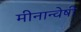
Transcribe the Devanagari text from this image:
मीनान्वेषी